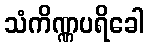
သံကိဏ္ဏပရိခေါ